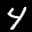
Label: 4